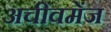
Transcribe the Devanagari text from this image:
अचीवमेंज